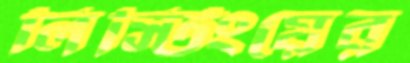
লিস্টিংয়ের